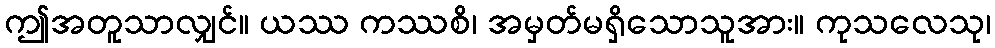
ဤအတူသာလျှင်။ ယဿ ကဿစိ၊ အမှတ်မရှိသောသူအား။ ကုသလေသု၊